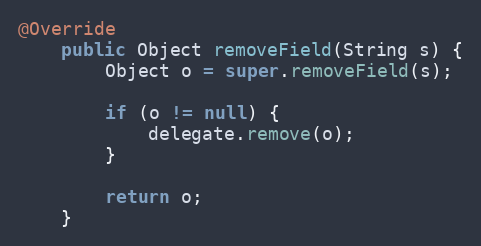
Language: Java
@Override
    public Object removeField(String s) {
        Object o = super.removeField(s);

        if (o != null) {
            delegate.remove(o);
        }

        return o;
    }